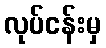
လုပ်ငန်းမှ